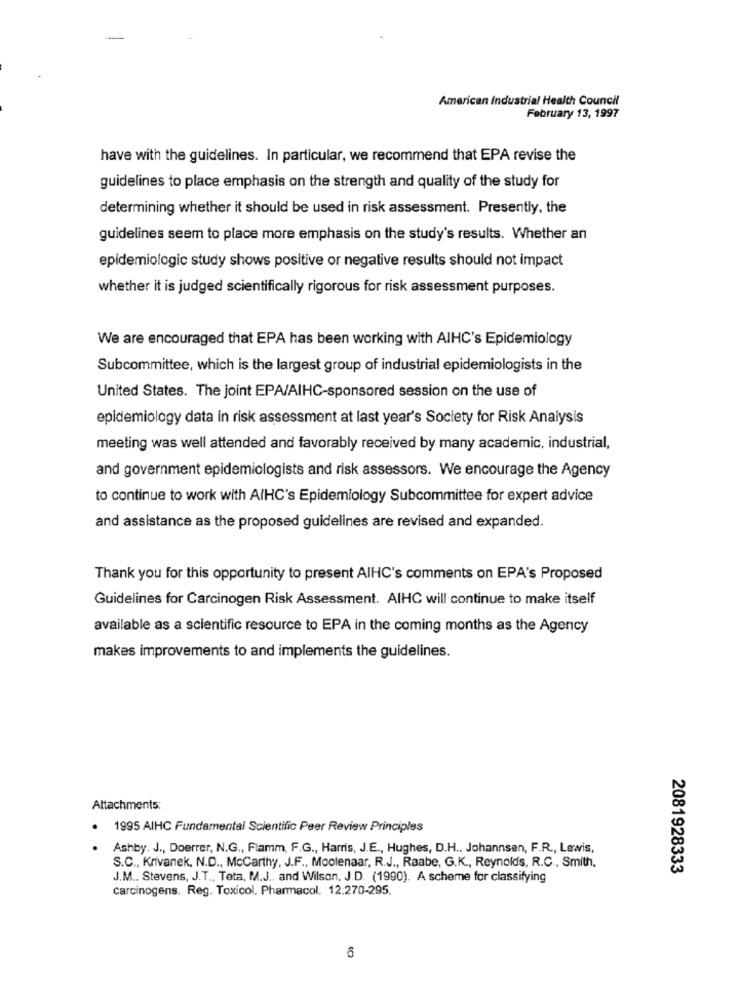
American Industrial Health Council
February 13, 1997
have with the guidelines. In particular, we recommend that EPA revise the
guidelines to place emphasis on the strength and quality of the study for
determining whether it should be used in risk assessment. Presently, the
guidelines seem to place more emphasis on the study's results. Whether an
epidemiologic study shows positive or negative results should not impact
whether it is judged scientifically rigorous for risk assessment purposes.
We are encouraged that EPA has been working with AIHC's Epidemiology
Subcommittee, which is the largest group of industrial epidemiologists in the
United States. The joint EPA/AIHC-sponsored session on the use of
epidemiology data in risk assessment at last year's Society for Risk Analysis
meeting was well attended and favorably received by many academic, industrial,
and government epidemiologists and risk assessors. We encourage the Agency
to continue to work with AIHC's Epidemiology Subcommittee for expert advice
and assistance as the proposed guidelines are revised and expanded.
Thank you for this opportunity to present AIHC's comments on EPA's Proposed
Guidelines for Carcinogen Risk Assessment. AIHC will continue to make itself
available as a scientific resource to EPA in the coming months as the Agency
makes improvements to and implements the guidelines.
Attachments:
1995 AIHC Fundamental Scientific Peer Review Principles
Ashby. J ., Doerrer, N.G ., Flamm, F.G ., Harris, J.E ., Hughes, D.H ., Johannsen, F.R ., Lewis,
S.C ., Krivanek, N.D ., Mccarthy, J.F ., Moolenaar, R.J ., Raabe, G.K ., Reynolds, R.C ., Smith,
2081928333
J.M .. Stevens, J.T ., Teta, M.J ., and Wilson, J.D. (1990). A scheme for classifying
carcinogens. Reg. Toxicol. Pharmacol. 12:270-295.
6